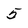
Character: 5